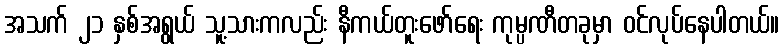
အသက် ၂၁ နှစ်အရွယ် သူ့သားကလည်း နီကယ်တူးဖော်ရေး ကုမ္ပဏီတခုမှာ ဝင်လုပ်နေပါတယ်။